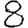
Digit: 8